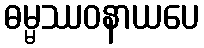
ဓမ္မဿဝနာယပေ